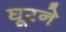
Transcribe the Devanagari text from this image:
घूरने